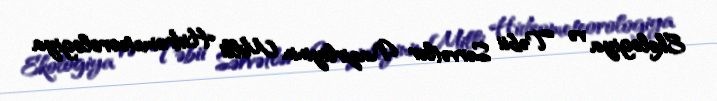
Ekologiya və Təbii Sərvətlər Nazirliyinin Milli Hidrometeorologiya